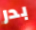
بدر